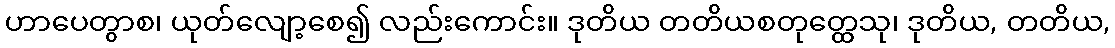
ဟာပေတွာစ၊ ယုတ်လျော့စေ၍ လည်းကောင်း။ ဒုတိယ တတိယစတုတ္ထေသု၊ ဒုတိယ, တတိယ,